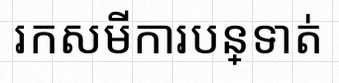
រកសមីការបន្ទាត់